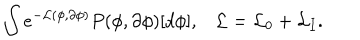
LaTeX: \int e ^ { - { \cal L } ( \phi , \partial \phi ) } P ( \phi , \partial \phi ) [ d \phi ] , { \cal L } = { \cal L } _ { 0 } + { \cal L } _ { I } .